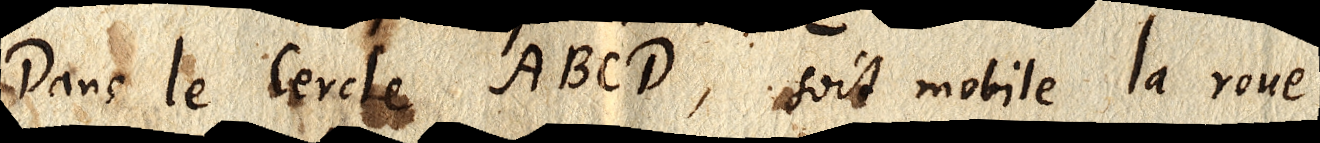
Dans le Cercle ABCD, soit mobile la roue